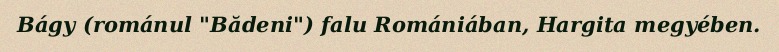
Bágy (románul "Bădeni") falu Romániában, Hargita megyében.